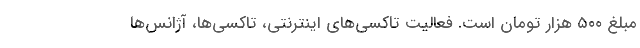
مبلغ ۵۰۰ هزار تومان است. فعالیت تاکسی‌های اینترنتی، تاکسی‌ها، آژانس‌ها